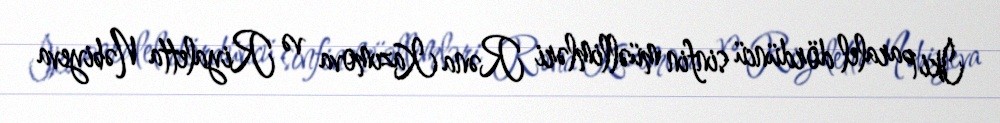
İki paralel dördüncü sinfin müəllimləri Rəna Kazımova və Riyaletta Nəbiyeva